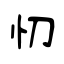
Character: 忉